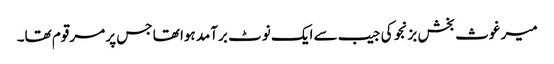
میر غوث بخش بزنجو کی جیب سے ایک نوٹ برآمد ہوا تھا جس پر مرقوم تھا۔